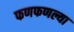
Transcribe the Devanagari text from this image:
फणफणल्या